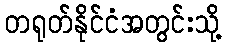
တရုတ်နိုင်ငံအတွင်းသို့